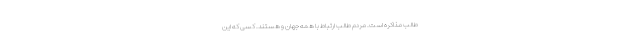
طالب مذاکره است. مردم طالب ارتباط با همه جهان و هستند. کسی که این